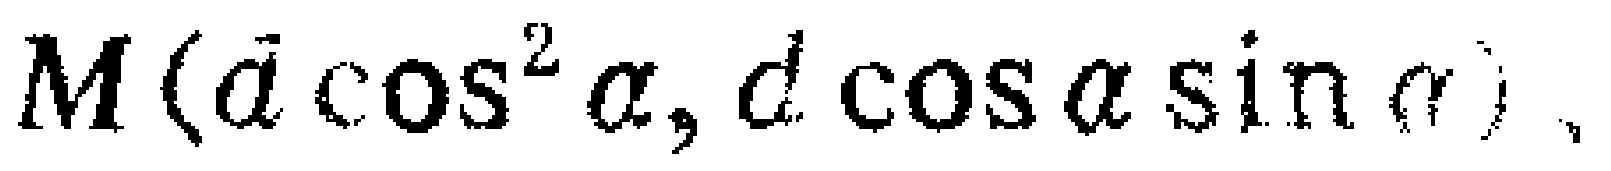
$M(a\cos^{2}\alpha,d\cos\alpha\sin\alpha)$